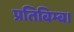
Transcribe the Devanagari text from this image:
प्रतिबिम्ब।